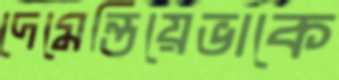
দেমেন্তিয়েভাকে